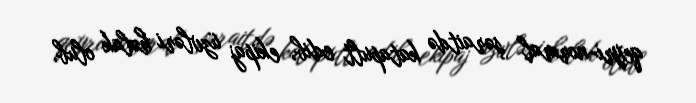
qeyri-normal şəraitdə katapult edib, ekipaj üzvləri həlak olub.